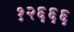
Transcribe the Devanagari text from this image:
१२६६६